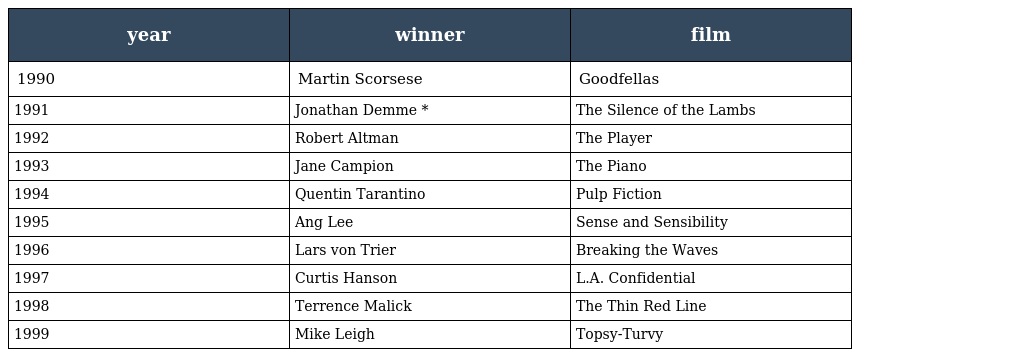
| year | winner | film |
 | --- | --- | --- |
 | 1990 | Martin Scorsese | Goodfellas |
 | 1991 | Jonathan Demme * | The Silence of the Lambs |
 | 1992 | Robert Altman | The Player |
 | 1993 | Jane Campion | The Piano |
 | 1994 | Quentin Tarantino | Pulp Fiction |
 | 1995 | Ang Lee | Sense and Sensibility |
 | 1996 | Lars von Trier | Breaking the Waves |
 | 1997 | Curtis Hanson | L.A. Confidential |
 | 1998 | Terrence Malick | The Thin Red Line |
 | 1999 | Mike Leigh | Topsy-Turvy |